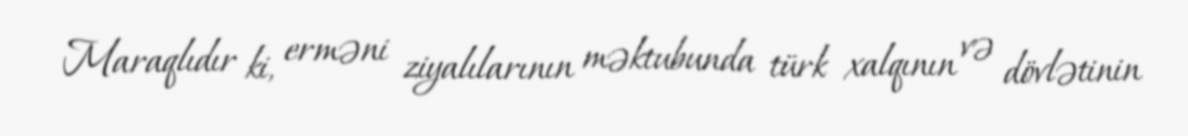
Maraqlıdır ki, erməni ziyalılarının məktubunda türk xalqının və dövlətinin